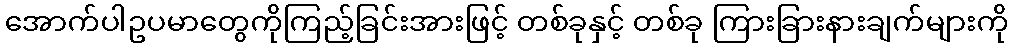
အောက်ပါဥပမာတွေကိုကြည့်ခြင်းအားဖြင့် တစ်ခုနှင့် တစ်ခု ကြားခြားနားချက်များကို